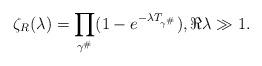
LaTeX: \begin{align*}\zeta_{R}(\lambda)=\prod_{\gamma^\#}(1-e^{-\lambda T_{\gamma^\#}}),\Re\lambda\gg 1.\end{align*}